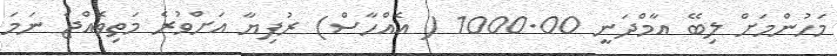
މަހުންމަށް ލިބޭ އާމްދަނީ 1000.00 ( އެއްހާސް) ރުފިޔާ އަަށްވުރެ މަތިވެއްޖެ ނަމަ